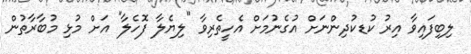
ލިބިފައިވާ އިރު ކުޑކުދިންނަށް އުގެނުމަށް އެހީތެރިވާ "ލިޔެލާ ފޮހެލާ" އަށް މުޅި މުބާރާތުން